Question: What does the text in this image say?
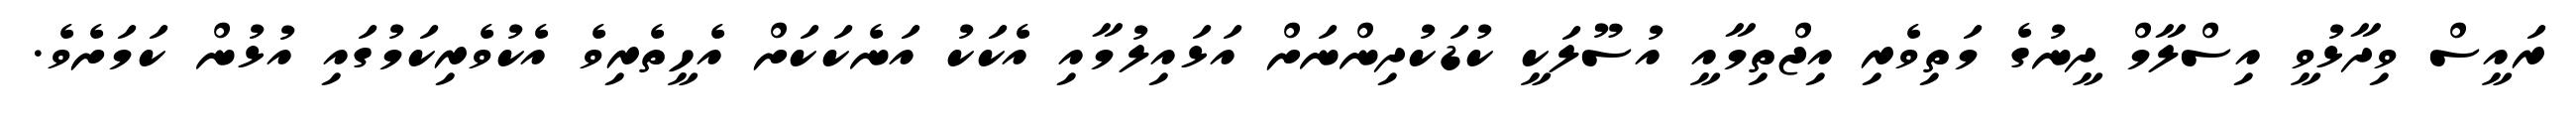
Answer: ރައީސް ވިދާޅުވީ އިސްލާމް ދީނުގެ މަތިވެރި އިޖްތިމާއީ އުސޫލަކީ ކުޑަކުދިންނަށް އަޅައިލުމާއި އެކަކު އަނެކަކަށް އެހީތެރިވެ އެކުވެރިކަމުގައި އުޅުން ކަމަށެވެ.